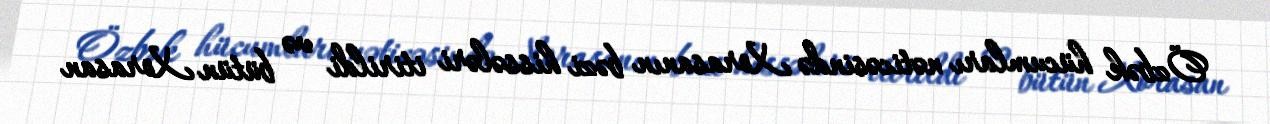
Özbək hücumları nəticəsində Xorasanın bəzi hissələri itirildi və bütün Xorasan